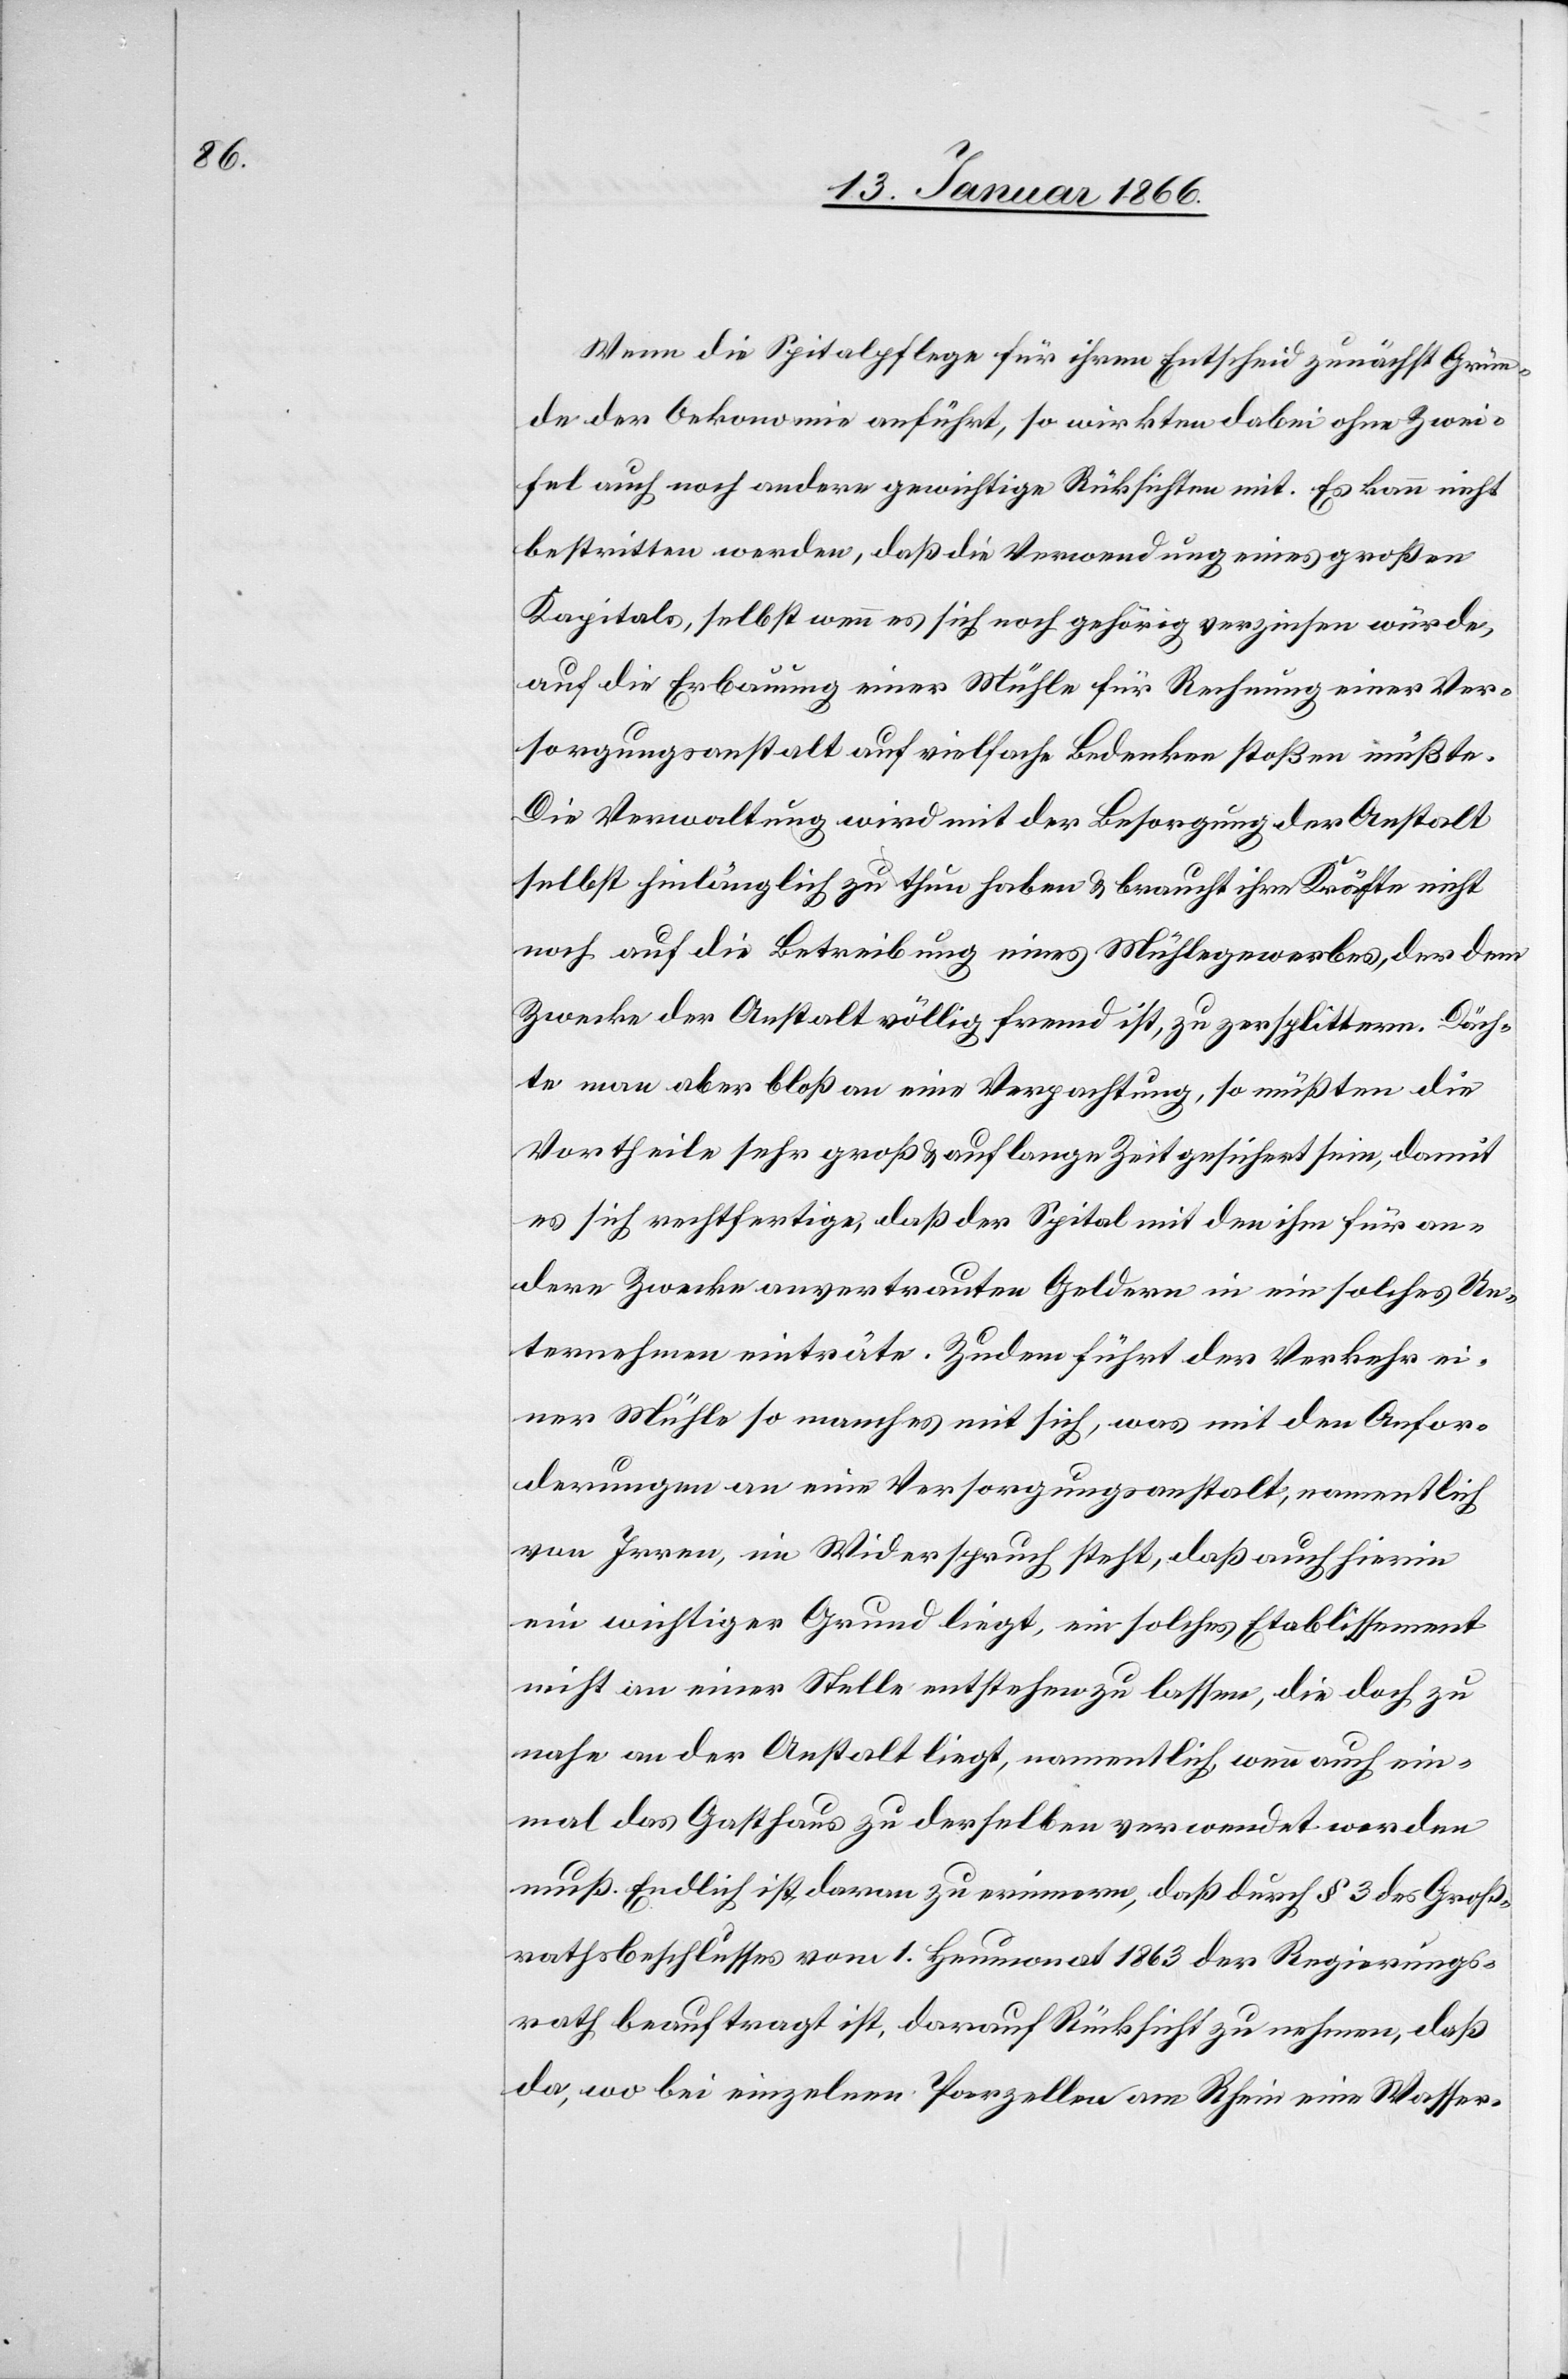
Wenn die Spitalpflege für ihren Entscheid zunächst Grün¬
de der Oekonomie anführt, so wirkten dabei ohne Zwei¬
fel auch noch andere gewichtige Rücksichten mit. Es kann nicht
bestritten werden, daß die Verwendung eines großen
Kapitals, selbst wenn es sich noch gehörig verzinsen würde,
auf die Erbauung einer Mühle für Rechnung einer Ver¬
sorgungsanstalt auf vielfache Bedenken stoßen müßte.
Die Verwaltung wird mit der Besorgung der Anstalt
selbst hinlänglich zu thun haben u. braucht ihre Kräfte nicht
noch auf die Betreibung eines Mühlegewerbes, der dem
Zwecke der Anstalt völlig fremd ist, zu versplittern. Däch¬
te man aber bloß an eine Verpachtung, so müßten die
Vortheile schon sehr groß u. auf lange Zeit gesichert sein, damit
es sich rechtfertige, daß der Spital mit den ihm für an¬
dere Zwecke anvertrauten Geldern in ein solches Un¬
ternehmen einträte. Zudem führt der Verkehr ei¬
ner Mühle so manches mit sich, was mit den Anfor¬
derungen an eine Versorgungsanstalt, namentlich
von Irren, im Widerspruch steht, daß auch hierin
ein wichtiger Grund liegt, ein solches Etablissement
nicht an einer Stelle entstehen zu lassen, die doch zu
nahe an der Anstalt liegt, namentlich, wenn auch ein¬
mal das Gasthaus zu derselben verwendet werden
muß. Endlich ist daran zu erinnern, daß durch § 3 des Groß¬
rathsbeschlusses vom 1. Heumonat 1863 der Regierungs¬
rath beauftragt ist, darauf Rücksicht zu nehmen, daß
da, wo bei einzelnen Parzellen am Rhein eine Wasser-